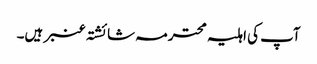
آپ کی اہلیہ محترمہ شائشتہ عنبر ہیں۔